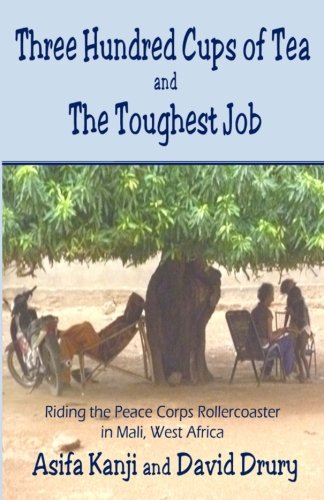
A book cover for Three Hundred Cups of Tea and The Toughest Job: Riding the Peace Corps Rollercoaster in Mali, West Africa; Asifa Kanji; Travel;